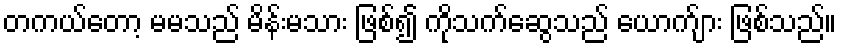
တကယ်တော့ မမသည် မိန်းမသား ဖြစ်၍ ကိုသက်ဆွေသည် ယောက်ျား ဖြစ်သည်။